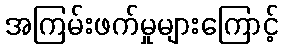
အကြမ်းဖက်မှုများကြောင့်